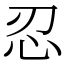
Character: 忍